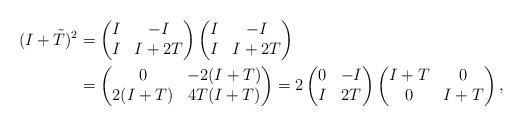
LaTeX: \begin{align*}(I+\tilde{T})^2 &= \begin{pmatrix}I & -I\\I & I+2T\end{pmatrix}\begin{pmatrix}I & -I\\I & I+2T\end{pmatrix}\\&=\begin{pmatrix}0 & -2(I+T)\\2(I+T) & 4T(I+T)\end{pmatrix}=2\begin{pmatrix}0 & -I\\I & 2T\end{pmatrix}\begin{pmatrix}I+T & 0\\0 & I+T\end{pmatrix},\end{align*}